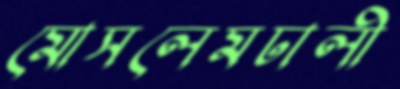
মোসলেমঢালী